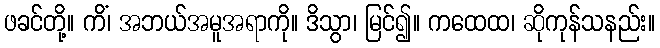
ဖခင်တို့။ ကိံ၊ အဘယ်အမူအရာကို။ ဒိသွာ၊ မြင်၍။ ကထေထ၊ ဆိုကုန်သနည်း။